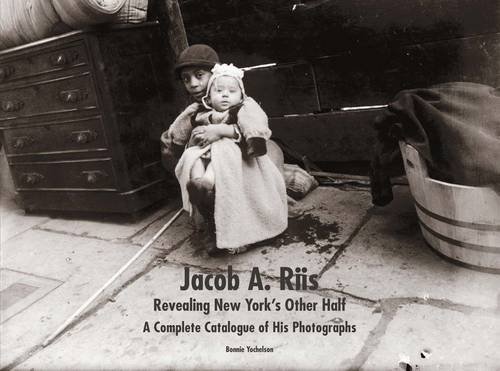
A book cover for Jacob A. Riis: Revealing New York's Other Half: A Complete Catalogue of His Photographs; Bonnie Yochelson; Arts & Photography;